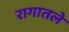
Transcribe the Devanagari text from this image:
रागातले